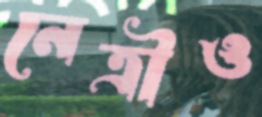
নেত্রীও